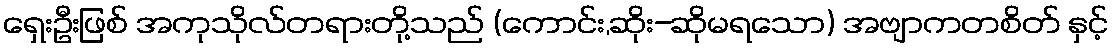
ရှေးဦးဖြစ် အကုသိုလ်တရားတို့သည် (ကောင်း,ဆိုး-ဆိုမရသော) အဗျာကတစိတ် နှင့်